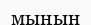
мыңын